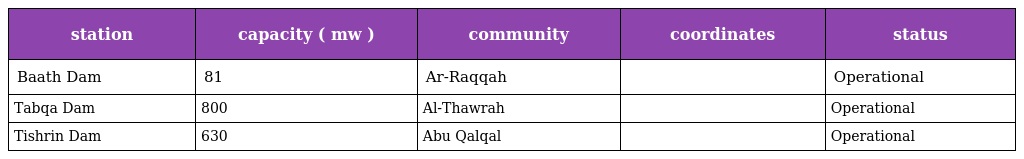
| station | capacity ( mw ) | community | coordinates | status |
 | --- | --- | --- | --- | --- |
 | Baath Dam | 81 | Ar-Raqqah |  | Operational |
 | Tabqa Dam | 800 | Al-Thawrah |  | Operational |
 | Tishrin Dam | 630 | Abu Qalqal |  | Operational |